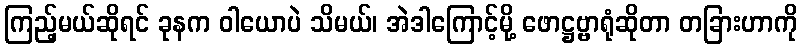
ကြည့်မယ်ဆိုရင် ခုနက ဝါယောပဲ သိမယ်၊ အဲဒါကြောင့်မို့ ဖောဋ္ဌဗ္ဗာရုံဆိုတာ တခြားဟာကို